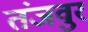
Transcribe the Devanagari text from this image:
तंजवुर